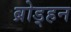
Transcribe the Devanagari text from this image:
ब्रोड्हन